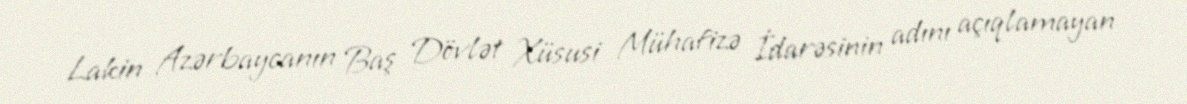
Lakin Azərbaycanın Baş Dövlət Xüsusi Mühafizə İdarəsinin adını açıqlamayan